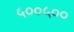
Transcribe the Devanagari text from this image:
५००५००